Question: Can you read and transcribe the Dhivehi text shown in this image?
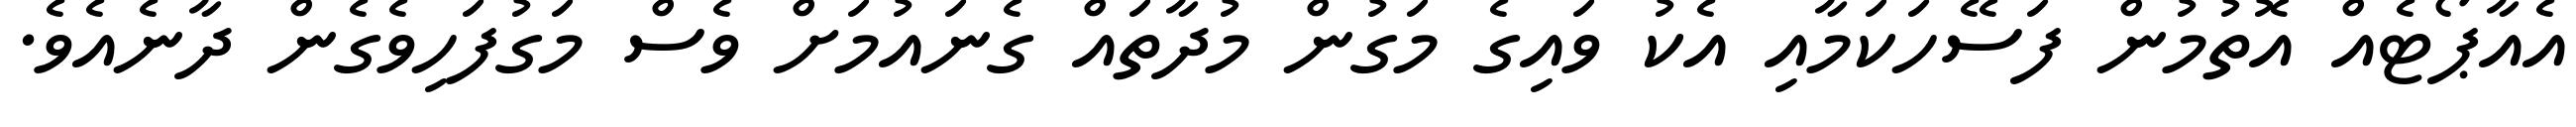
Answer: އެއާޕޯޓެއް އޮތުމުން ފަސޭހަކަމާއި އެކު ވައިގެ މަގުން މުދާތައް ގެނައުމަށް ވެސް މަގުފަހިވެގެން ދާނެއެވެ.